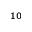
^ { 1 0 }